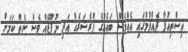
އިސްތިއުފާ ދެއްވުމުގައި އެއްވެސް ބައެއްގެ ޕްރެޝަރެއް އަދި ނުފޫޒެއް ވެސް ނެތް ކަމަށް